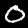
Label: 0